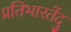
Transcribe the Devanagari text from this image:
प्रतिभारतेंदु